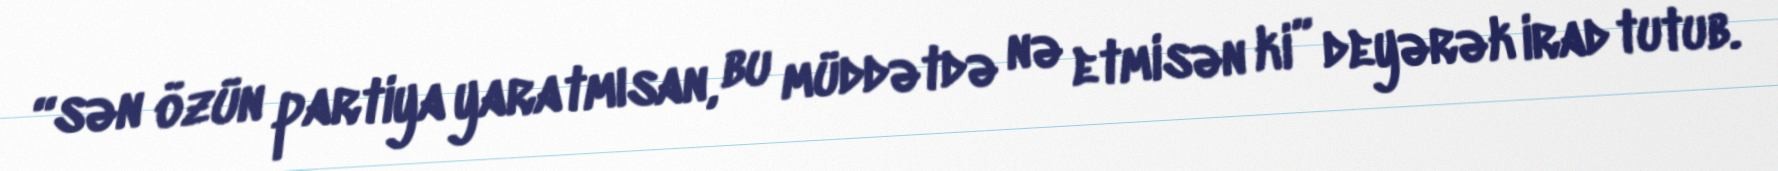
“sən özün partiya yaratmısan, bu müddətdə nə etmisən ki” deyərək irad tutub.